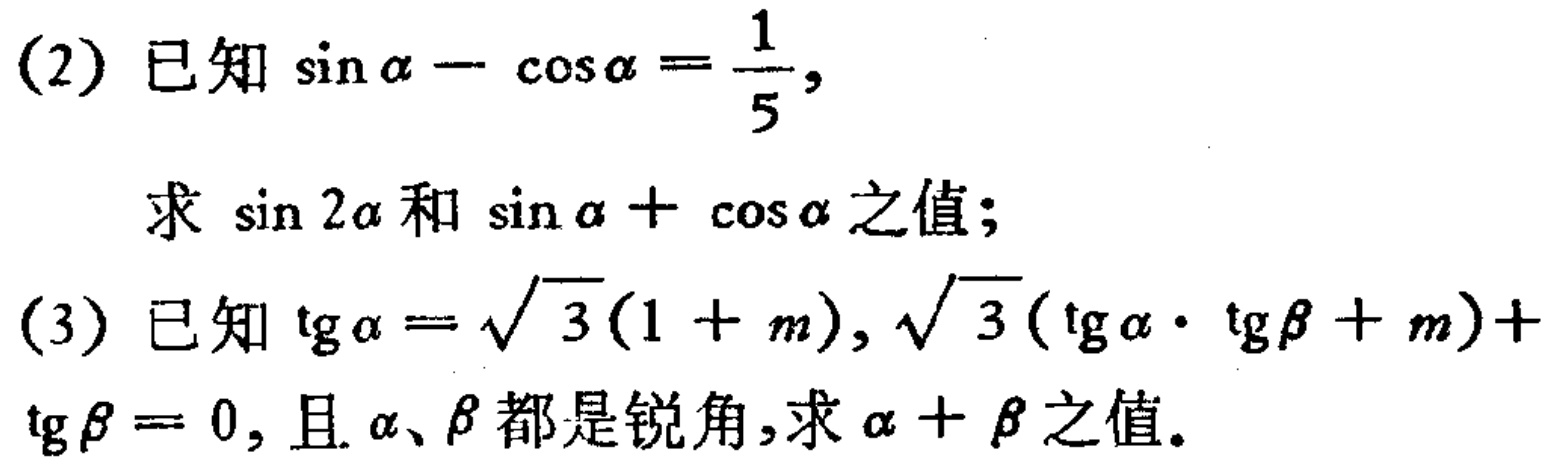
(2) 已知\(\sin\alpha - \cos\alpha = \frac{1}{5}\)，

求 \(\sin 2\alpha\) 和 \(\sin\alpha + \cos\alpha\) 之值；

(3) 已知 \(\text{tg}\alpha = \sqrt{3}(1 + m)\)，\(\sqrt{3}(\text{tg}\alpha\cdot\text{tg}\beta + m)+ \text{tg}\beta = 0\)，且 \(\alpha\)、\(\beta\) 都是锐角，求 \(\alpha + \beta\) 之值。